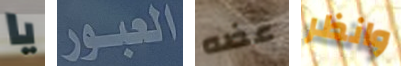
يا العبور عضه وانظر